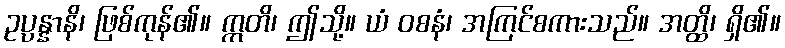
ဥပ္ပန္နာနိ၊ ဖြစ်ကုန်၏။ ဣတိ၊ ဤသို့။ ယံ ဝစနံ၊ အကြင်စကားသည်။ အတ္ထိ၊ ရှိ၏။